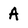
Character: A